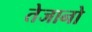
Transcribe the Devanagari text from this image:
तेजानो